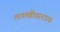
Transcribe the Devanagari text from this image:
लक्‍खीसराय